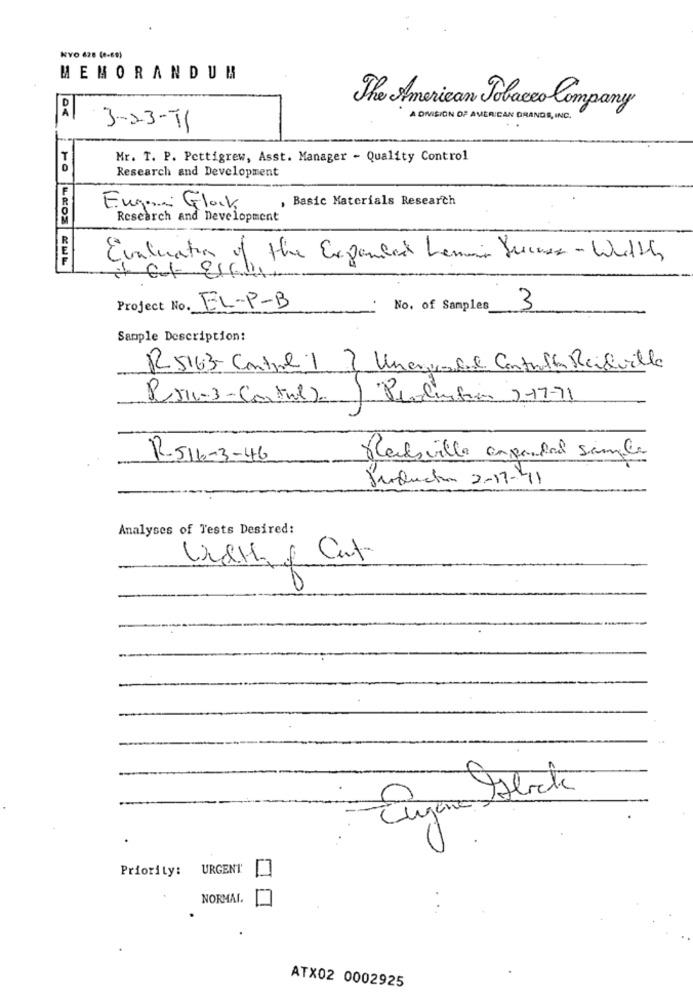
KYO 628 (0-69)
MEMORANDUM
The American Tobacco Company
A DIVISION OF AMERICAN GRANDE, INC.
3-2-3-11
T
Mr. T. P. Pettigrew, Asst. Manager - Quality Control
Research and Development
R
, Basic Materials Research
Eugen Glock
Research and Development
Evaluation of the Expanded Lemmin Succes - Width
Project No. EL-P-B
No. of Samples
3
Sample Description:
R 5163- Control 1
? Unaverdad Controlla Reidville
Pr-3-Control).
Production 2-17-71
R-516-3-46
Reedsville cmpantal sample
Producten 2-17-41
Analyses of Tests Desired:
Width of Cut
Priority: URGENT
NORMAL.
ATX02 0002925